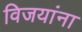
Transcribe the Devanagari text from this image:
विजयांना